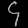
Digit: ၄